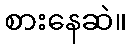
စားနေဆဲ။